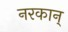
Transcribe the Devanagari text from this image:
नरकान्